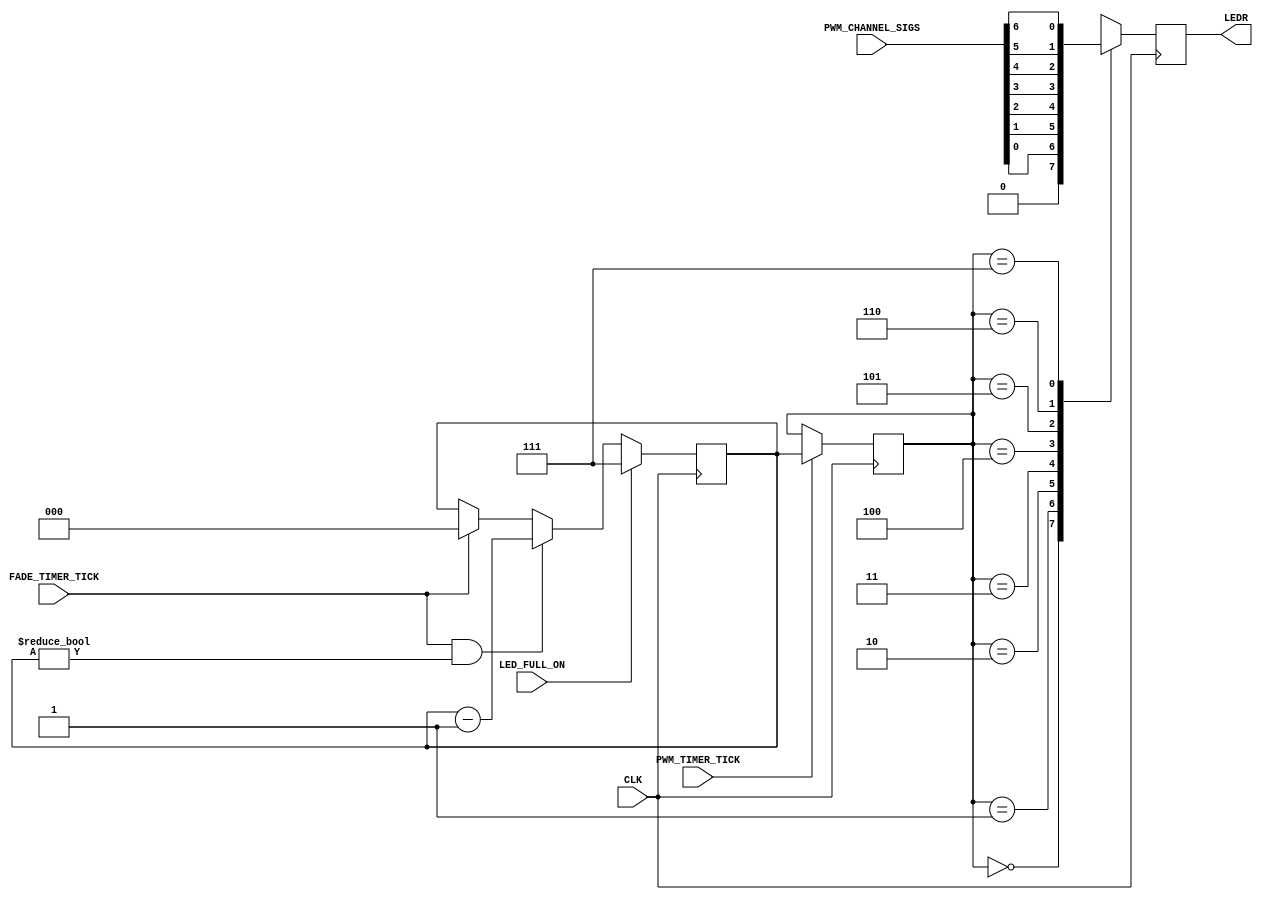
module CLS_LED_Output_Fader
(
	// Input Signals
	input            LED_FULL_ON,
	input      [6:0] PWM_CHANNEL_SIGS,
	input            PWM_TIMER_TICK,
	input            FADE_TIMER_TICK,
	
	// Output Signals
	output reg       LEDR,
	
	// System Signals
	input CLK
);

	//
	// Initialize Register values
	//
	reg  [2:0] led_mux_select;
	reg  [2:0] led_brightness_reg;
	
	initial
	begin
		LEDR <= 1'b0;
		led_mux_select <= 3'h0;
		led_brightness_reg <= 3'h0;
	end
	
	
	//
	// Current Brightness Register
	//
	// Set the register to full brightness when LED_FULL_ON asserts.
	// Decrement register until 0 on each FADE_TIMER_TICK assertion.
	//

	// !! LAB 3: Add led_brightness_reg implementation here !!
	always @(posedge CLK)
	begin
		if (LED_FULL_ON)
				led_brightness_reg <= 3'h7;
		else if ((FADE_TIMER_TICK == 1) && (led_brightness_reg != 3'h0))
				led_brightness_reg <= led_brightness_reg - 1'b1;
		else if (FADE_TIMER_TICK) 
				led_brightness_reg <= 3'h0;	
	end
	
	//
	// Syncronize mux changes with the PWM timer tick
	//
	// Load led_mux_select with led_brightness_reg value when 
	//   PWM_TIMER_TICK asserts.
	//
	

	// !! LAB 3: Add led_mux_select implementation here !!
	always @(posedge CLK)
	begin
		if(PWM_TIMER_TICK)
			led_mux_select <= led_brightness_reg;
		
	end	
	
	//
	// LED Output PWM Multiplexer
	//

	// !! LAB 3: Add LEDR implementation here !!
	
	always @(posedge CLK)
	begin
		case (led_mux_select)
			3'b000:	LEDR <= 1'b0;
			3'b001:	LEDR <= PWM_CHANNEL_SIGS[0];
			3'b010:	LEDR <= PWM_CHANNEL_SIGS[1];
			3'b011:	LEDR <= PWM_CHANNEL_SIGS[2];
			3'b100:	LEDR <= PWM_CHANNEL_SIGS[3];
			3'b101:	LEDR <= PWM_CHANNEL_SIGS[4];
			3'b110:	LEDR <= PWM_CHANNEL_SIGS[5];
			3'b111:	LEDR <= PWM_CHANNEL_SIGS[6];
		endcase
	end
	
endmodule